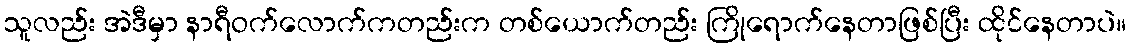
သူလည်း အဲဒီမှာ နာရီဝက်လောက်ကတည်းက တစ်ယောက်တည်း ကြိုရောက်နေတာဖြစ်ပြီး ထိုင်နေတာပဲ။